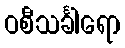
ဝစီသင်္ခါရော